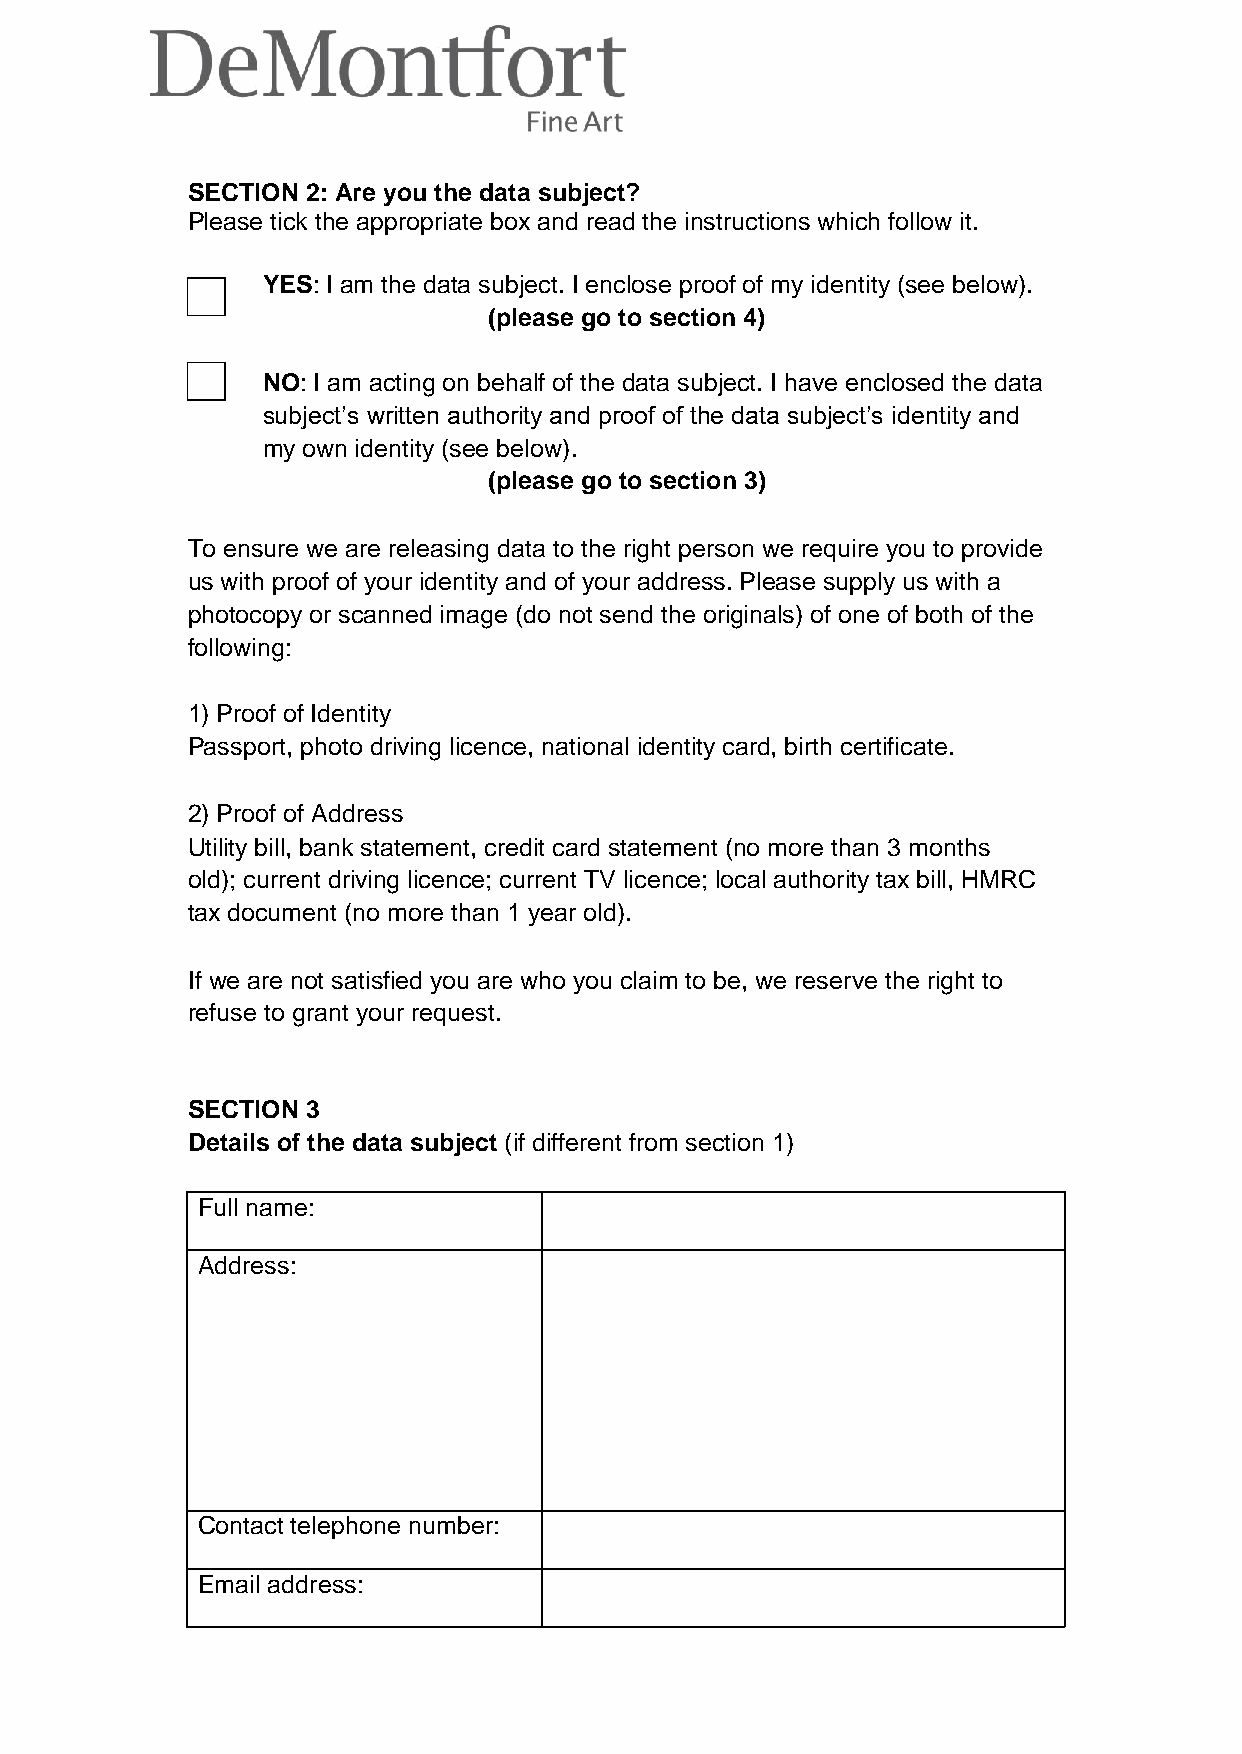
SECTION 2: Are you the data subject?
 Please tick the appropriate box and read the instructions which follow it.
 YES: I am the data subject. I enclose proof of my identity (see below).
 (please go to section 4)
 NO: I am acting on behalf of the data subject. I have enclosed the data
 subject’s written authority and proof of the data subject’s identity and
 my own identity (see below).
 (please go to section 3)
 To ensure we are releasing data to the right person we require you to provide
 us with proof of your identity and of your address. Please supply us with a
 photocopy or scanned image (do not send the originals) of one of both of the
 following:
 1) Proof of Identity
 Passport, photo driving licence, national identity card, birth certificate.
 2) Proof of Address
 Utility bill, bank statement, credit card statement (no more than 3 months
 old); current driving licence; current TV licence; local authority tax bill, HMRC
 tax document (no more than 1 year old).
 If we are not satisfied you are who you claim to be, we reserve the right to
 refuse to grant your request.
 SECTION 3
 Details of the data subject (if different from section 1)
 Full name:
 Address:
 Contact telephone number:
 Email address: